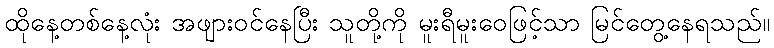
ထိုနေ့တစ်နေ့လုံး အဖျားဝင်နေပြီး သူတို့ကို မူးရီမူးဝေဖြင့်သာ မြင်တွေ့နေရသည်။